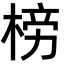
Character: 𣓲